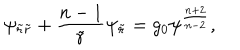
LaTeX: \psi _ { { \tilde { r } } { \tilde { r } } } + { \frac { n - 1 } { \tilde { r } } } \psi _ { \tilde { r } } = g _ { 0 } \psi ^ { \frac { n + 2 } { n - 2 } } ,